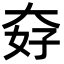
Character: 𡘏